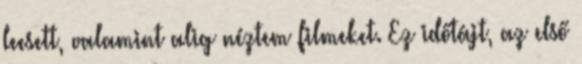
leesett, valamint alig néztem filmeket. Ez időtájt, az első